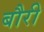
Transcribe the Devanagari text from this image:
बौरी